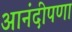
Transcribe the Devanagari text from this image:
आनंदीपणा